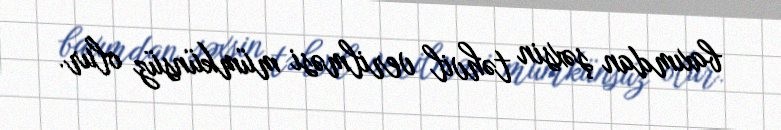
baxımdan şəxsin təhvil verilməsi mümkünsüz olur.